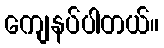
ကျေနပ်ပါတယ်။